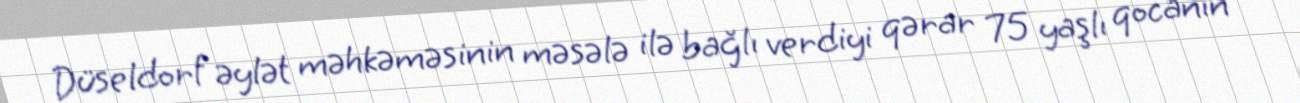
Düseldorf əylət məhkəməsinin məsələ ilə bağlı verdiyi qərar 75 yaşlı qocanın